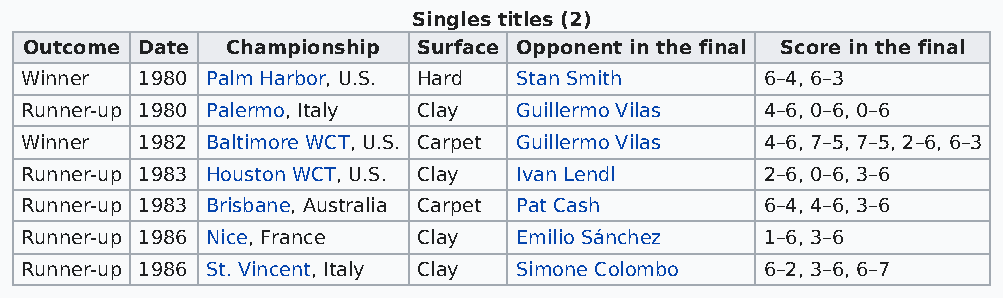
Singles titles (2)
 Outcome Date Championship Surface Opponent in the final Score in the final
 Winner  1980 Palm Harbor, U.S. Hard Stan Smith    6–4, 6–3
 Runner-up 1980 Palermo, Italy Clay Guillermo Vilas 4–6, 0–6, 0–6
 Winner  1982 Baltimore WCT, U.S. Carpet Guillermo Vilas 4–6, 7–5, 7–5, 2–6, 6–3
 Runner-up 1983 Houston WCT, U.S. Clay Ivan Lendl  2–6, 0–6, 3–6
 Runner-up 1983 Brisbane, Australia Carpet Pat Cash 6–4, 4–6, 3–6
 Runner-up 1986 Nice, France Clay Emilio Sánchez   1–6, 3–6
 Runner-up 1986 St. Vincent, Italy Clay Simone Colombo 6–2, 3–6, 6–7